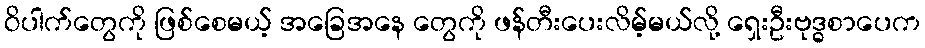
ဝိပါက်တွေကို ဖြစ်စေမယ့် အခြေအနေ တွေကို ဖန်တီးပေးလိမ့်မယ်လို့ ရှေးဦးဗုဒ္ဓစာပေက